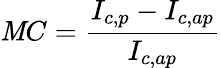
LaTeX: \mathit{M}C={\frac{{I_{c,p}-I_{c,ap}}}{{I_{c,ap}}}}